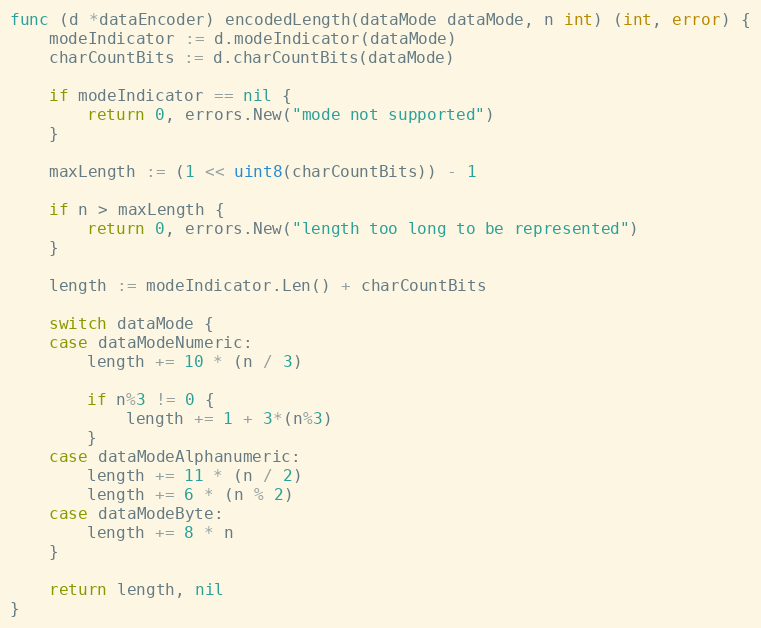
Language: Go
func (d *dataEncoder) encodedLength(dataMode dataMode, n int) (int, error) {
	modeIndicator := d.modeIndicator(dataMode)
	charCountBits := d.charCountBits(dataMode)

	if modeIndicator == nil {
		return 0, errors.New("mode not supported")
	}

	maxLength := (1 << uint8(charCountBits)) - 1

	if n > maxLength {
		return 0, errors.New("length too long to be represented")
	}

	length := modeIndicator.Len() + charCountBits

	switch dataMode {
	case dataModeNumeric:
		length += 10 * (n / 3)

		if n%3 != 0 {
			length += 1 + 3*(n%3)
		}
	case dataModeAlphanumeric:
		length += 11 * (n / 2)
		length += 6 * (n % 2)
	case dataModeByte:
		length += 8 * n
	}

	return length, nil
}